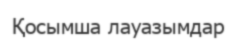
Қосымша лауазымдар